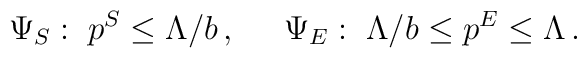
\Psi_S : \;p^S \leq \Lambda/b \,,\;\;\;\;\;\Psi_E : \; \Lambda/b \leq p^E \leq \Lambda \,.